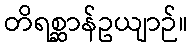
တိရစ္ဆာန်ဥယျာဉ်။